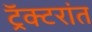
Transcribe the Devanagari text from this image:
ट्रॅक्टरांत